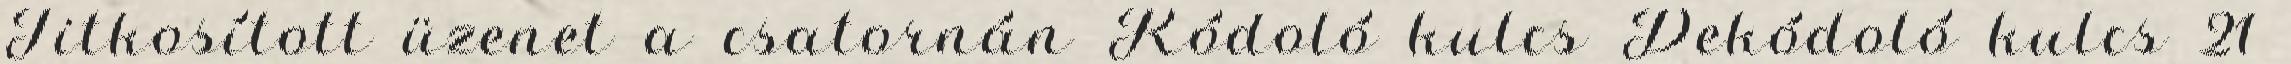
Titkosított üzenet a csatornán Kódoló kulcs Dekódoló kulcs 21